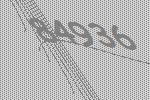
84936